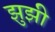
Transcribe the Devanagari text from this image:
झुझी